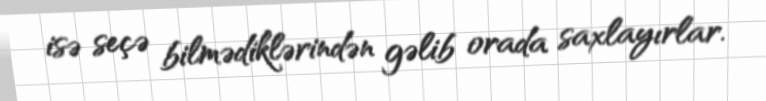
isə seçə bilmədiklərindən gəlib orada saxlayırlar.